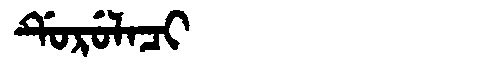
Manchu: ᡩᡠᡵᡠᠯᠠᠴᡳ
Romanization: DURULACI